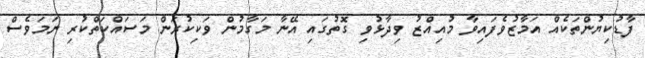
ފާޑުކިޔުންތަކެއް އަމާޒުވެފައިވާ މުއިއްޒު ވިދާޅުވި ގޮތުގައި އޭނާ މަގާމުން ވަކިކުރަން މަސައްކަތްކުރި ނަމަވެސް